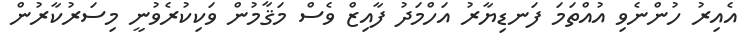
އެއިރު ހުންނެވި އުއްތަމަ ފަނޑިޔާރު އަހްމަދު ފާއިޒް ވެސް މަޤާމުން ވަކިކުރެވުނީ މިސަރުކާރުން